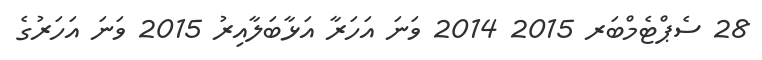
28 ސެޕްޓެމްބަރ 2015 2014 ވަނަ އަހަރާ އަޅާބަލާއިރު 2015 ވަނަ އަހަރުގެ